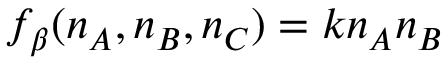
f _ { \beta } ( n _ { A } , n _ { B } , n _ { C } ) = k n _ { A } n _ { B }